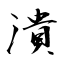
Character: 潰